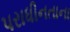
પરાધીનતાના